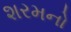
શરમનો